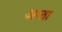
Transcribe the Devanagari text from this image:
अन्ता